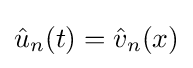
{\hat {u}}_{n}(t)={\hat {v}}_{n}(x)